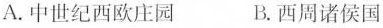
A.中世纪西欧庄园 B.西周诸侯国